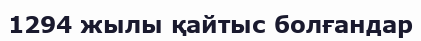
1294 жылы қайтыс болғандар